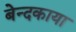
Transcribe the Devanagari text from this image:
बेन्दकाया